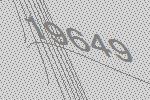
19649